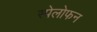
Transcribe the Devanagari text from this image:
स्पेलोफन